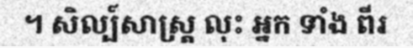
។ សិល្ប៍សាស្ត្រ លុះ អ្នក ទាំង ពីរ